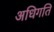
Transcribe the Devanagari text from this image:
अधिगति